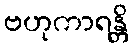
ဗဟုကာရန္တိ